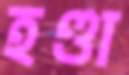
হণ্ডা